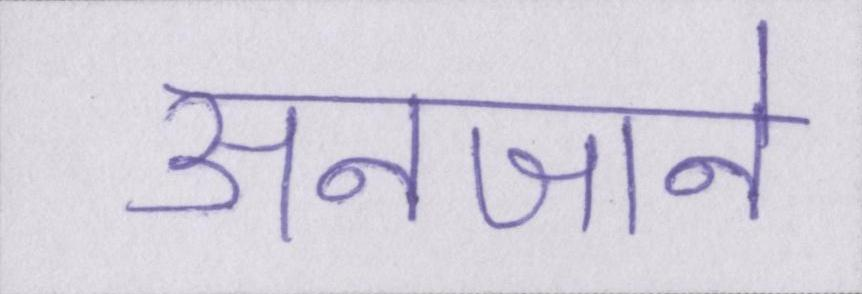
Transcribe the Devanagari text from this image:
अनजाने